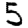
Digit: 5